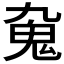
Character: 𩱼